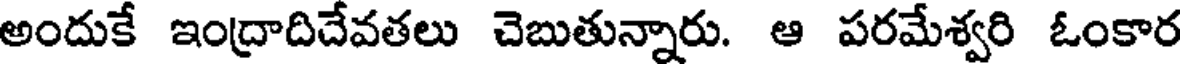
అందుకే ఇంద్రాదిదేవతలు చెబుతున్నారు. ఆ పరమేశ్వరి ఓంకార